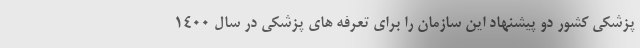
پزشکی کشور دو پیشنهاد این سازمان را برای تعرفه های پزشکی در سال ۱۴۰۰